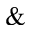
\&